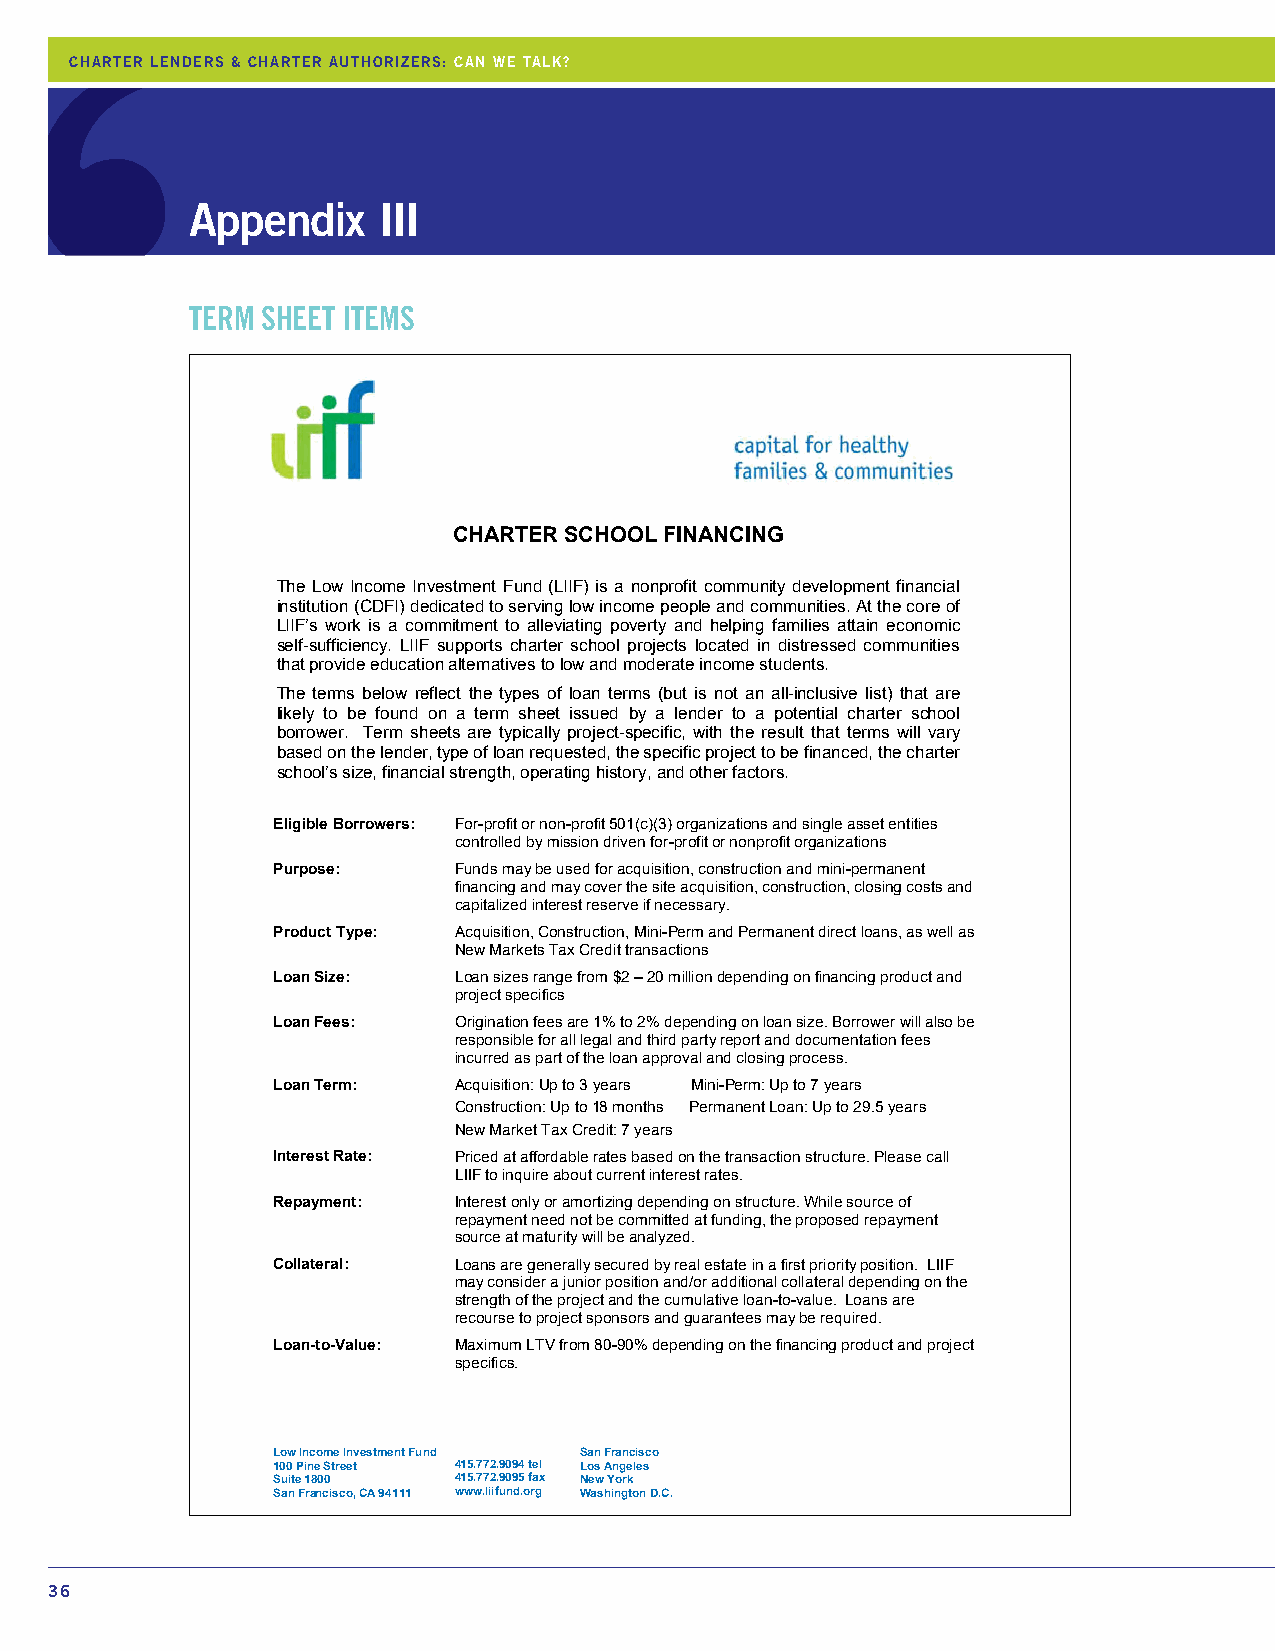
CHARTER LENDERS & CHARTER AUTHORIZERS: CAN WE TALK?
 Appendix    III
 TERM SHEET ITEMS
 CHARTER SCHOOL FINANCING
 The Low Income Investment Fund (LIIF) is a nonprofit community development financial
 institution (CDFI) dedicated to serving low income people and communities. At the core of
 LIIF’s work is a commitment to alleviating poverty and helping families attain economic
 self-sufficiency. LIIF supports charter school projects located in distressed communities
 that provide education alternatives to low and moderate income students.
 The terms below reflect the types of loan terms (but is not an all-inclusive list) that are
 likely to be found on a term sheet issued by a lender to a potential charter school
 borrower. Term sheets are typically project-specific, with the result that terms will vary
 based on the lender, type of loan requested, the specific project to be financed, the charter
 school’s size, financial strength, operating history, and other factors.
 Eligible Borrowers: For-profit or non-profit 501(c)(3) organizations and single asset entities
 controlled by mission driven for-profit or nonprofit organizations
 Purpose:    Funds may be used for acquisition, construction and mini-permanent
 financing and may cover the site acquisition, construction, closing costs and
 capitalized interest reserve if necessary.
 Product Type: Acquisition, Construction, Mini-Perm and Permanent direct loans, as well as
 New Markets Tax Credit transactions
 Loan Size:  Loan sizes range from $2 – 20 million depending on financing product and
 project specifics
 Loan Fees:  Origination fees are 1% to 2% depending on loan size. Borrower will also be
 responsible for all legal and third party report and documentation fees
 incurred as part of the loan approval and closing process.
 Loan Term:  Acquisition: Up to 3 years Mini-Perm: Up to 7 years
 Construction: Up to 18 months Permanent Loan: Up to 29.5 years
 New Market Tax Credit: 7 years
 Interest Rate: Priced at affordable rates based on the transaction structure. Please call
 LIIF to inquire about current interest rates.
 Repayment:  Interest only or amortizing depending on structure. While source of
 repayment need not be committed at funding, the proposed repayment
 source at maturity will be analyzed.
 Collateral: Loans are generally secured by real estate in a first priority position. LIIF
 may consider a junior position and/or additional collateral depending on the
 strength of the project and the cumulative loan-to-value. Loans are
 recourse to project sponsors and guarantees may be required.
 Loan-to-Value: Maximum LTV from 80-90% depending on the financing product and project
 specifics.
 Low Income Investment Fund San Francisco
 100 Pine Street 415.772.9094 tel Los Angeles
 Suite 1800  415.772.9095 fax New York
 San Francisco, CA 94111 www.liifund.org Washington D.C.
 36